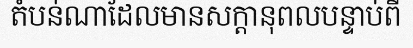
តំបន់ណាដែលមានសក្តានុពលបន្ទាប់ពី